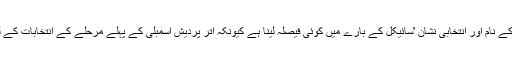
الیکشن کمیشن کو 17 جنوری سے پہلے ایس پی کے نام اور انتخابی نشان 'سائیکل کے بارے میں کوئی فیصلہ لینا ہے کیونکہ اتر پردیش اسمبلی کے پہلے مرحلے کے انتخابات کے لئے 17 جنوری کو ہی نوٹیفکیشن جاری ہونا ہے۔